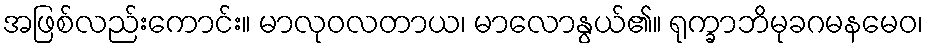
အဖြစ်လည်းကောင်း။ မာလုဝလတာယ၊ မာလောနွယ်၏။ ရုက္ခာဘိမုခဂမနမေဝ၊